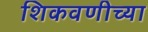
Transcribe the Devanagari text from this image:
शिकवणीच्या